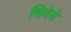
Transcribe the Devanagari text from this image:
सिवेये